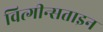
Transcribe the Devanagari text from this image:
वित्गीन्सताइन